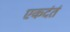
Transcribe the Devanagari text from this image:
एकदंतं